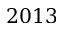
2 0 1 3